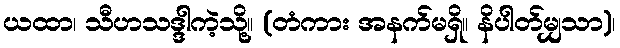
ယထာ၊ သီဟသဒ္ဒါကဲ့သို့။ (တံကား အနက်မရှိ။ နိပါတ်မျှသာ)၊